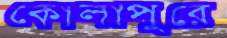
কোলাপুরে